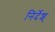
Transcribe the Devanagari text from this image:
निर्देश्